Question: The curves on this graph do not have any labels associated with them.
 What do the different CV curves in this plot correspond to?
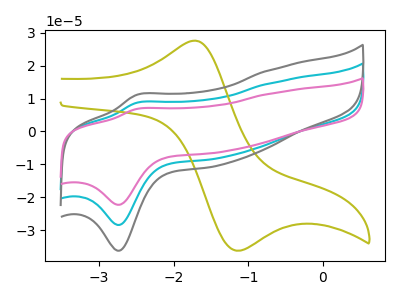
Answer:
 <answer>The cyan curve does not have a label. The olive curve does not have a label. The gray curve does not have a label. The pink curve does not have a label.</answer>
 <eval></eval>